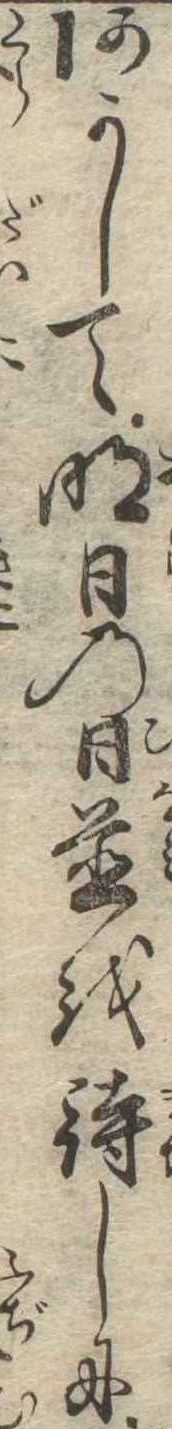
あかして明日の日並を待しに